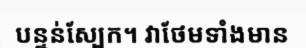
បន្ទន់ស្បែក។ វាថែមទាំងមាន